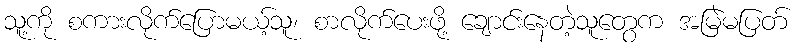
သူ့ကို စကားလိုက်ပြောမယ့်သူ၊ စာလိုက်ပေးဖို့ ချောင်းနေတဲ့သူတွေက အမြဲမပြတ်